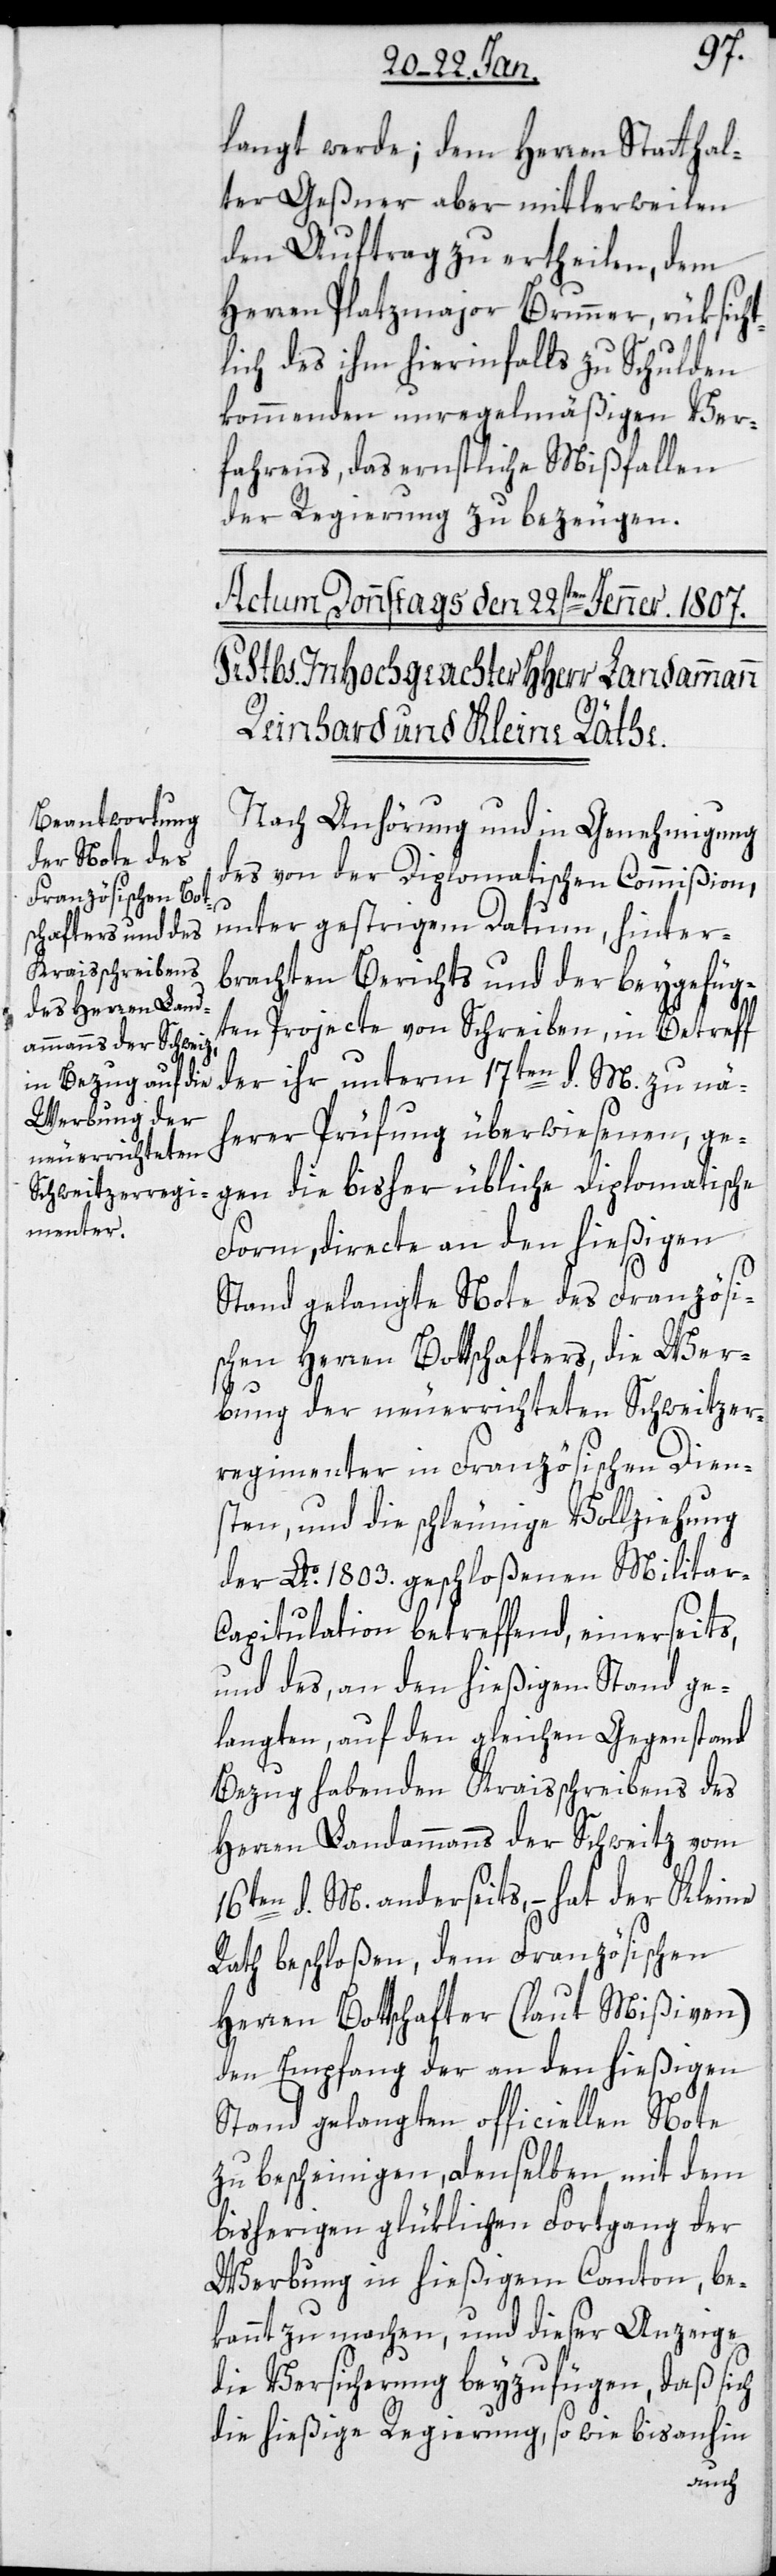
langt werde; dem Herren Statthal¬
ter Geßner aber mittlerweilen
den Auftrag zu erteilen, dem
Herren Platzmajor Brunner, rüksicht¬
lich des ihm hierinfalls zu Schulden
kommenden unregelmäßigen Ver¬
fahrens, das ernstliche Mißfallen
der Regierung zu bezeugen.
Nach Anhörung und in Genehmigung
des von der Diplomatischen Commißion,
unter gestrigem Datum hinter¬
brachten Berichts und der beygefüg¬
ten Projecte von Schreiben, in Betreff
der ihr unterm 17ten d. M. zu nä¬
herer Prüfung überwiesenen, ge¬
gen die bisher übliche diplomatische
Form, directe an den hießigen
Stand gelangte Note des Französi¬
schen Herren Bottschafters, die Wer¬
bung der neu errichteten Schweitzer¬
regimenter in Französischen Dien¬
sten, und die schleunige Vollziehung
der Ao. 1803. geschloßenen Militar-C¬
apitulation betreffend, einerseits,
und des an den hießigen Stand ge¬
langten, auf den gleichen Gegenstand
Bezug habenden Kraisschreibens des
Herren Landammanns der Schweitz vom
16ten d. M. anderseits, – hat der Kleine
Rath beschloßen, dem Französischen
Herren Bottschafter (laut Mißiven)
den Empfang der an den hießigen
Stand gelangten officiellen Note
zu bescheinigen, denselben mit dem
bisherigen glüklichen Fortgang der
Werbung in hießigem Canton, be¬
kannt zu machen, und dieser Anzeige
die Versicherung beyzufügen, daß sich
die hießige Regierung, so wie bis anhin